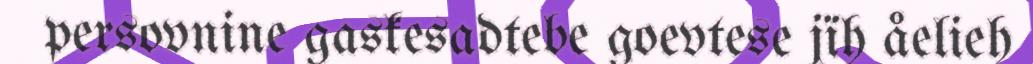
persovnine gaskesadtebe goevtese jïh åelieh